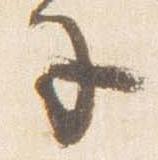
子